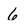
Character: 6